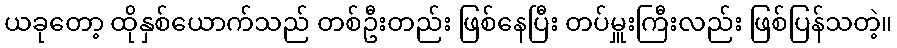
ယခုတော့ ထိုနှစ်ယောက်သည် တစ်ဦးတည်း ဖြစ်နေပြီး တပ်မှူးကြီးလည်း ဖြစ်ပြန်သတဲ့။